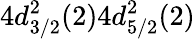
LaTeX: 4d_{3/2}^{2}(2)4d_{5/2}^{2}(2)